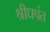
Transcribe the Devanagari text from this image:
श्रीधपंत